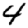
Digit: 4